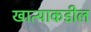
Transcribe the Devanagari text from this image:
खात्याकडील